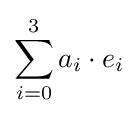
\sum _{i=0}^{3}a_{i}\cdot e_{i}